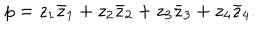
LaTeX: p = z _ { 1 } \bar { z } _ { 1 } + z _ { 2 } \bar { z } _ { 2 } + z _ { 3 } \bar { z } _ { 3 } + z _ { 4 } \bar { z } _ { 4 } .